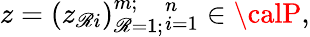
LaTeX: z=(z_{\mathscr{R}i})_{\mathscr{R}=1;}^{m;}{}_{i=1}^{n}\in{\calP},